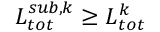
L _ { t o t } ^ { s u b , k } \geq L _ { t o t } ^ { k }